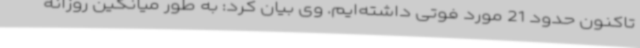
تاکنون حدود 21 مورد فوتی داشته‌ایم. وی بیان کرد: به طور میانگین روزانه